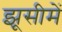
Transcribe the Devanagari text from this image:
झूसीमें